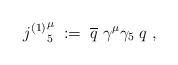
LaTeX: \begin{align*}{j^{(1)}}^\mu_5 \; := \; \overline{q} \; \gamma^\mu \gamma_5 \; q \; ,\end{align*}